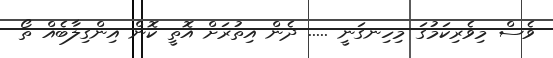
ވެސް މިވެރިކަމުގަ މިހިނގަނީ ..... ދެން އިތުރަށް އޮތީ ކޮން އިންގިލާބެއް ތޯ